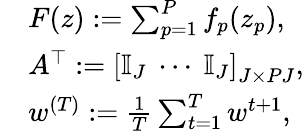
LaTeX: \begin{array}{rl}&{F(z):=\textstyle\sum_{p=1}^{P}f_{p}(z_{p}),}\\ &{A^{\top}:=\left[\begin{array}{l}{\mathbb{I}_{J}\ \cdots\ \mathbb{I}_{J}}\end{array}\right]_{J\times PJ},}\\ &{w^{(T)}:=\textstyle\frac{1}{T}\sum_{t=1}^{T}w^{t+1},}\end{array}